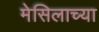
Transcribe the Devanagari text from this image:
मेसिलाच्या